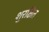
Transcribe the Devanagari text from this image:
शुरक्षित